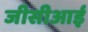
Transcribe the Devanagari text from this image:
जीसीआई